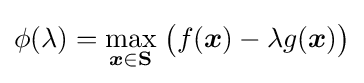
\phi (\lambda )={\underset {{\boldsymbol {x}}\in \mathbf {S} }{\max }}\;{\big (}f({\boldsymbol {x}})-\lambda g({\boldsymbol {x}}){\big )}